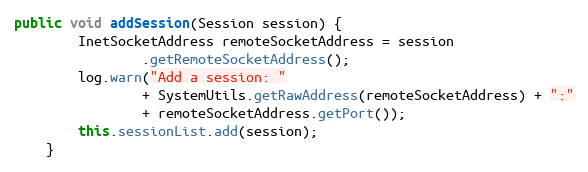
Language: Java
public void addSession(Session session) {
		InetSocketAddress remoteSocketAddress = session
				.getRemoteSocketAddress();
		log.warn("Add a session: "
				+ SystemUtils.getRawAddress(remoteSocketAddress) + ":"
				+ remoteSocketAddress.getPort());
		this.sessionList.add(session);
	}